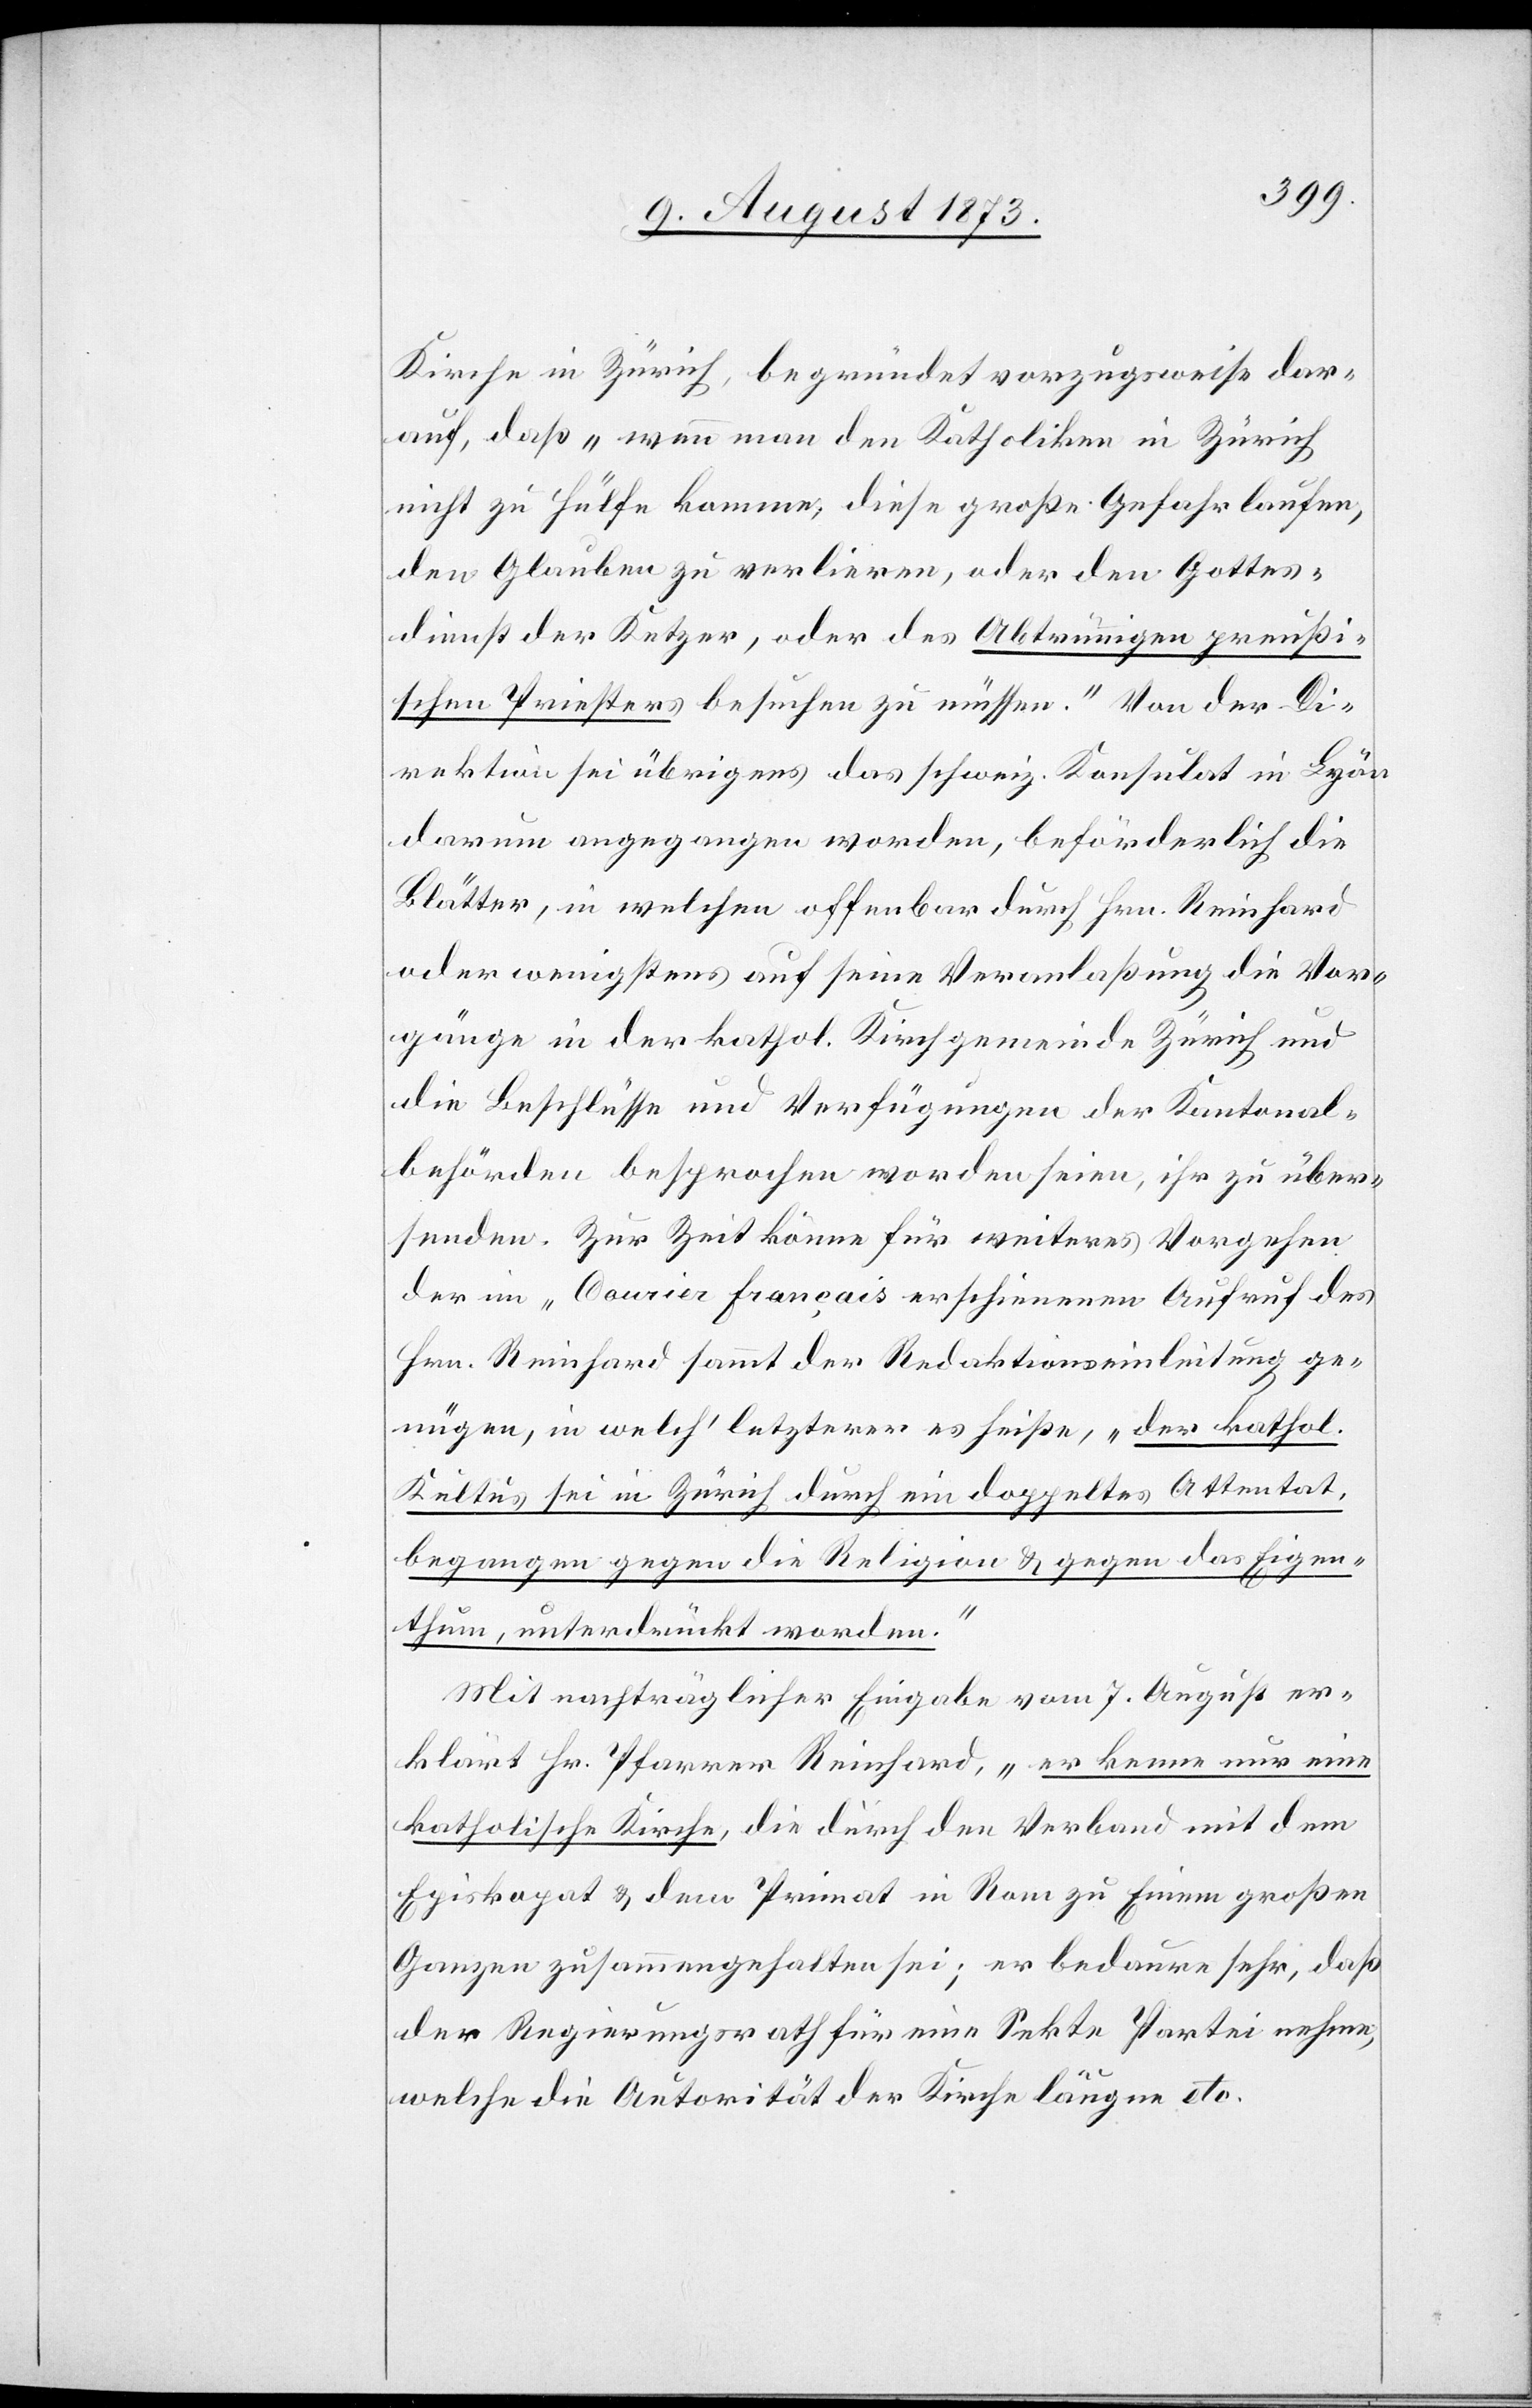
Kirche in Zürich, begründet vorzugsweise dar¬
auf, daß „wenn man den Katholiken in Zürich
nicht zu Hülfe komme, diese große Gefahr laufen,
den Glauben zu verlieren, oder den Gottes¬
dienst der Ketzer, oder des Abtrünnigen [sic!] preußi¬
schen Priesters besuchen zu müssen.“ Von der Di¬
rektion sei übrigens das schweiz. Konsulat in Lyon
darum angegangen worden, beförderlich die
Blätter, in welchen offenbar durch Hrn. Reinhard
oder wenigstens auf seine Veranlaßung die Vor¬
gänge in der kathol. Kirchgemeinde Zürich und
die Beschlüsse und Verfügungen der Kantonal¬
behörden besprochen worden seien, ihr zu über¬
senden. Zur Zeit könne für weiteres Vorgehen
der im „Courier français“ erschienenen [sic!] Aufruf des
Hrn. Reinhard sammt der Redaktionseinleitung ge¬
nügen, in welch’ letzerer es heiße, „der kathol.
Kultus sei in Zürich durch ein doppeltes Attentat,
begangen gegen die Religion & gegen das Eigen¬
thum, unterdrückt worden.“
Mit nachträglicher Eingabe vom 7. August er¬
klärt Hr. Pfarrer Reinhard, „er kenne nur eine
katholische Kirche, die durch den Verband mit dem
Episkopat & dem Primat in Rom zu Einem großen
Ganzen zusammengehalten sei; er bedaure sehr, daß
der Regierungsrath für eine Sekte Partei nehme,
welche die Autorität der Kirche läugne etc.